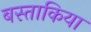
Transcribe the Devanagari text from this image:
बस्ताकिया